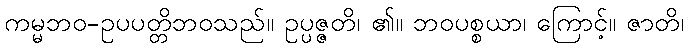
ကမ္မဘဝ-ဥပပတ္တိဘဝသည်။ ဥပ္ပဇ္ဇတိ၊ ၏။ ဘဝပစ္စယာ၊ ကြောင့်။ ဇာတိ၊